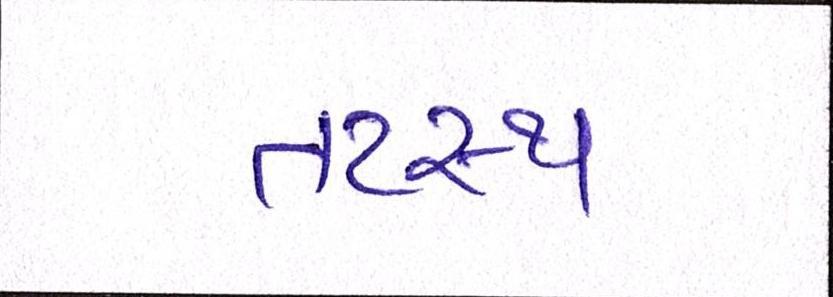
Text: તટસ્થ